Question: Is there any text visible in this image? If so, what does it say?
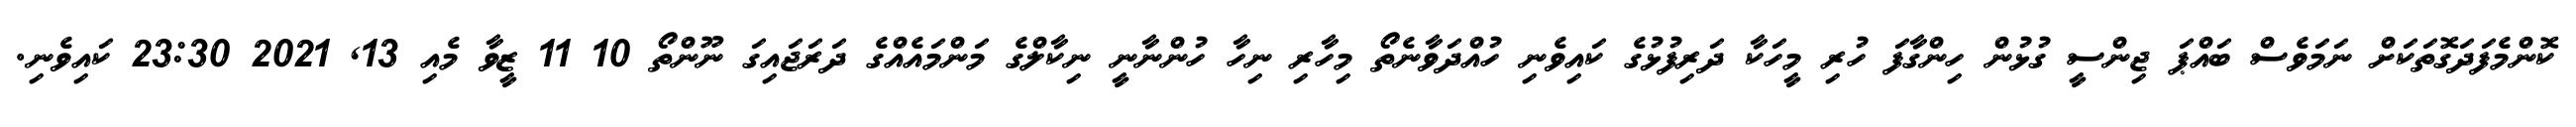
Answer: ކޮންމެފަދަގޮތަކަށް ނަމަވެސް ބައްޕަ ޖިންސީ ގުޅުން ހިންގާފަ ހުރި މީހަކާ ދަރިފުޅުގެ ކައިވެނި ހުއްދަވާނެތޯ މިހާރި ނިހާ ހުންނާނީ ނިކާލްގެ މަންމައެއްގެ ދަރަޖައިގަ ނޫންތޯ 10 11 ޒީވާ މެއި 13, 2021 23:30 ކައިވެނި.